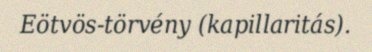
Eötvös-törvény (kapillaritás).